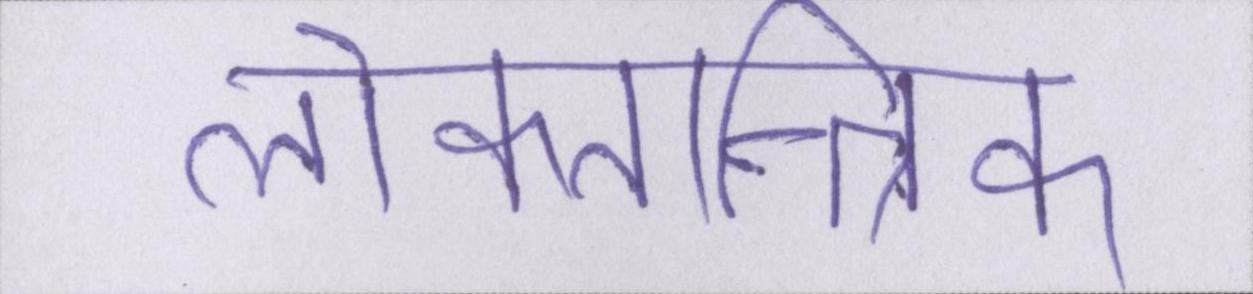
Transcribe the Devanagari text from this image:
लोकतान्त्रिक